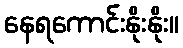
နေရကောင်းနိုးနိုး။